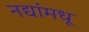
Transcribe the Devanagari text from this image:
नद्यांमधू